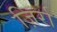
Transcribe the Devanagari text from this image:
ज़िर्रा